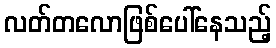
လတ်တလောဖြစ်ပေါ်နေသည့်